Annual report on the working of the mental hospitals in the Madras Presidency - 1912-1932
Year: 1912
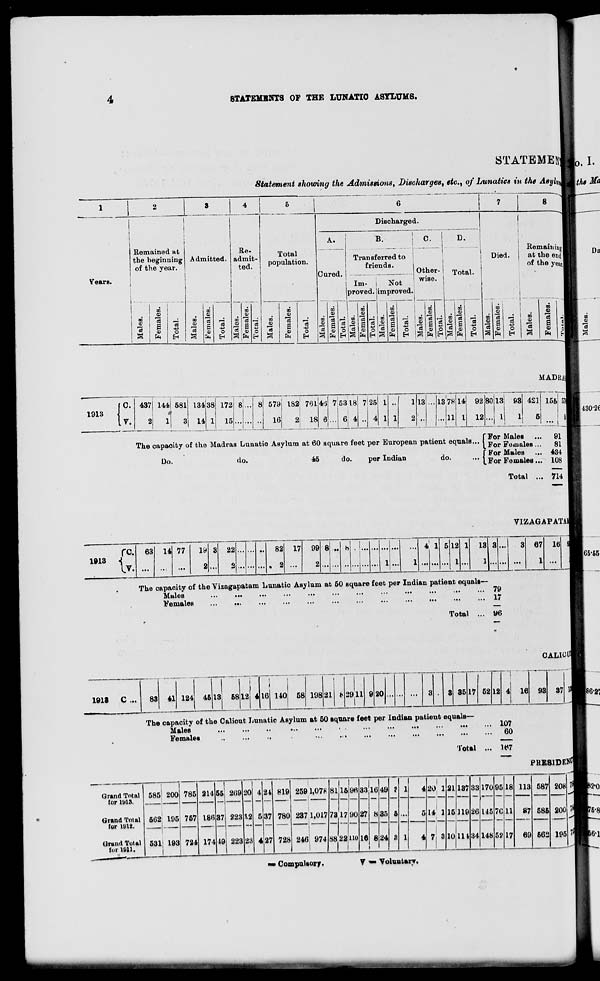
4
STATEMENTS OF THE LUNATIC ASYLUMS.
STATEMEflj
Statement showing the Admissions, Discharges, etc., of Lunatics in the Asyl^
1
2
8
4
5
6
7
8
Discharged.
i
A.
B.
! C.
D.
Remained at
Re-
Total
population.
Remaining
at the end
of the year
the heginning
of the year.
Admitted. admit-
ted.
Transferred to
friends.
Died.
.
Cured.
Other-
wise.
Total.
Years.
Im-
Not
proved. improved.
..
or.
CO
00
CO
CO
m
GO
CO
.
CO i
CO
01
OJ
©
1)
0>
0>
01
0)
CD
0)
to
3
~
CO
a m
CO
a „;
CO
1
CO '3 ,_: ffl ■a J CO 73
CO %
CO
rfl j
CO 3
•
n
7* .
*3
H
CO
fa
O
EH
73 S
05
fa
cS
43
o "3 6
0)
fa
O
£-1
a
s
CO
fa
d
4S
0
H
0>
la S
fa
cl
o
EH
01
"3 8
fa
eg
O
01
"3
a
S
fa
oB
4J
O
o>
,3
B
V
fa
O
o
"3 s
o>
fa
cd
4J
c
&H
"3 S
0)
fa
3
43
O
EH
S
CD
fa
S
1913
0.
.V.
MADRAJ
4371 144| 581
II 3
21
134
14
38) 172
I
ll 15
8,. 8! 579
16
182; 701
18
46 75318
6
6; 4
7! 25
13
13 78
...11
14 92
12
80113
J 1
93
1
421
5
155
f For Males
91
The capaoity of the Madras Lunatic Asylum at 60 square feet per European patient equals... | _ _,
. '"
jr
A~
« 0 - T»A;^
A~
f F or Males ... 434
do.
per Indian
do.
- [jor Fematea... 108
Do.
do.
45
Total
714
VIZAGAPATA1
re
IT.
63 14 77
19
2
3 22 ... ... •• 82
. 2
17 99
2
8 ... h I
1
4' 1 5 12
1
1 13
1
3 1 « 67
1
16
1913
1
1 ...
... ...
1
The capaoity of the Vizagapatam Lunatic Asylum at 50 square feet per Indian patient equals—
Males
...
...
...
...
...
•••
•••
•••
•••
•••
>••
••• '9
Females
...
...
...
•■•
...
•••
•••
•••
•••
•••
•••
■•• 1'
Total
ye.
CALKiUl
1918
C ...
83 41 124 45 13 58 12 4 10 140: 58 198 21
2911
20
35 17 52 12
16 93 37
The capacity of the Caliout Lunatic Asylum at 50 square feet per Indian patient equals—
Males
...
...
..
...
...
• •
•••
•••
•••
•••
•••
•■• 1^7
Females
,.
...
..
•..
•••
...
•••
•••
•••
60
Total ... 167
PRESIDE* 0 !
Grand Total
for 11*13.
585' 200 785 214
1
55 2(>9 20 4 21 819 2591,071-
1
8116 96 33 it 49 ? i 4
I
20 1 21 137 33 170 95 18 113 587 208
Grand Total
for 11)12.
i
662| 195 757 186 37 223 H2 5 37 780 237 1,017 7317 90 27 8 35 6 ...
5 14 1
1
15 119 26 145 7C 11 87 586 200
Grand Total
for 1011.
531! 193
1
724 174 19 223 23 4 27 728 246 974 88 22
1 1 1
no 16 8 24 a i 4 ' I s 10 HI 34 148 5? 17 69 562 195
„.■. i ■ ■-■» *
— Compulsory.
V «■ Voluntary.